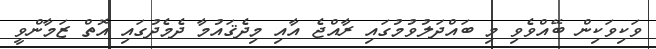
ވަކިވަކިން ބޭއްވެވި މި ބައްދަލުވުމުގައި ރާއްޖެ އާއި މިދެޤައުމާ ދެމެދުގައި އޮތް ޒަމާންވީ